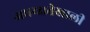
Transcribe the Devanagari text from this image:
अधय्क्षतेखाली